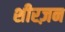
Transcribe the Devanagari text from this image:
शीरज़न